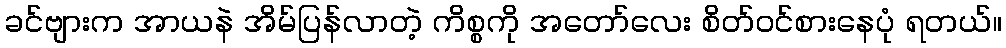
ခင်ဗျားက အာယနဲ အိမ်ပြန်လာတဲ့ ကိစ္စကို အတော်လေး စိတ်ဝင်စားနေပုံ ရတယ်။